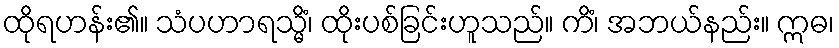
ထိုရဟန်း၏။ သံပဟာရသ္မိံ၊ ထိုးပစ်ခြင်းဟူသည်။ ကိံ၊ အဘယ်နည်း။ ဣဓ၊